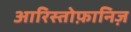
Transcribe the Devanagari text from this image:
आरिस्तोफ़ानिज़